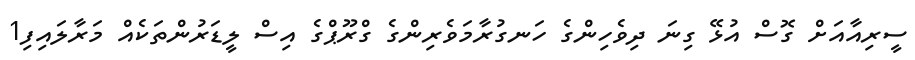
ސީރިއާއަށް ގޮސް އުޅޭ ގިނަ ދިވެހިންގެ ހަނގުރާމަވެރިންގެ ގްރޫޕްގެ އިސް ލީޑަރުންތަކެއް މަރާލައިފި1